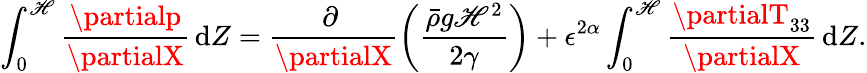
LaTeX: \int_{0}^{\mathscr{H}}\frac{{\partialp}}{{\partialX}}\, \mathrm{{d}}Z=\frac{{\partial~}}{{\partialX}}\left(\frac{{\bar{{\rho}}g\mathscr{H}^{2}}}{{2\gamma}}\right)+\epsilon^{2\alpha}\int_{0}^{\mathscr{H}}\frac{{\partialT_{33}}}{{\partialX}}\, \mathrm{{d}}Z.